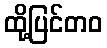
ထို့ပြင်တဝ